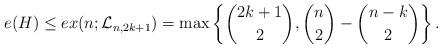
LaTeX: \begin{align*}e(H) &\leq ex(n;\mathcal{L}_{n,2k+1})=\max\left\{\binom{2k+1}{2},\binom{n}{2}-\binom{n-k}{2}\right\}.\end{align*}